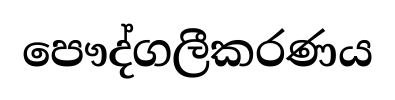
පෞද්ගලීකරණය